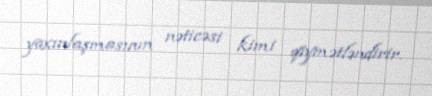
yaxınlaşmasının nəticəsi kimi qiymətləndirir.